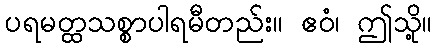
ပရမတ္ထသစ္စာပါရမီတည်း။ ဧဝံ၊ ဤသို့။